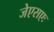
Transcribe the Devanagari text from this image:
जेएसएः